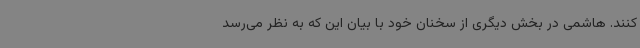
کنند. هاشمی در بخش دیگری از سخنان خود با بیان این که به نظر می‌رسد